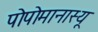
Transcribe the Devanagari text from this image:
पोपोमानास्यू